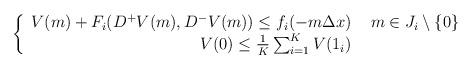
LaTeX: \begin{align*} \left\{ \begin{array}{r l}V(m) + F_{i}(D^{+}V(m),D^{-}V(m)) \leq f_{i}(-m \Delta x) & \, \, m \in J_{i} \setminus \{0\} \\V(0) \leq \frac{1}{K} \sum_{i = 1}^{K} V(1_{i})\end{array} \right.\end{align*}